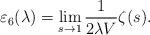
LaTeX: \begin{align*}\varepsilon_{6}(\lambda)=\lim_{s\rightarrow 1}\frac{1}{2\lambda V}\zeta(s).\end{align*}